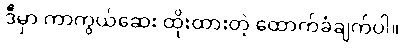
ဒီမှာ ကာကွယ်ဆေး ထိုးထားတဲ့ ထောက်ခံချက်ပါ။